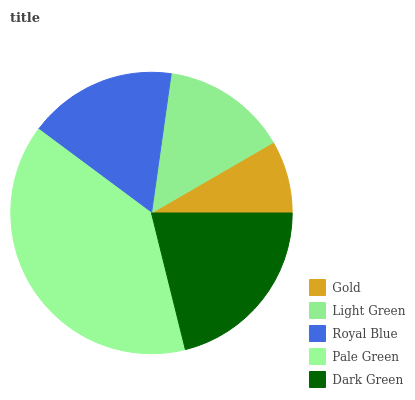
| Gold | Light Green | Royal Blue | Pale Green | Dark Green |
 | --- | --- | --- | --- | --- |
 | 8.36% | 14.4% | 17% | 39% | 21.2% |